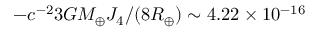
- c ^ { - 2 } 3 G M _ { \oplus } J _ { 4 } / ( 8 R _ { \oplus } ) \sim 4 . 2 2 \times 1 0 ^ { - 1 6 }